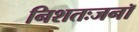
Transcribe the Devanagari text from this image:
निशतःजनॉ